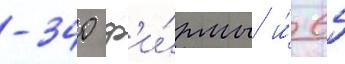
-340 ф'и́рмы и́ 65